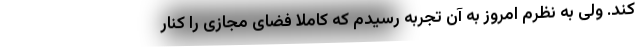
کند. ولی به نظرم امروز به آن تجربه رسیدم که کاملا فضای مجازی را کنار